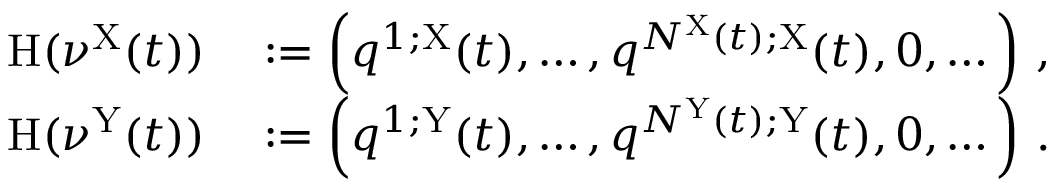
\begin{array} { r l } { \mathrm { H } ( \nu ^ { \mathrm { X } } ( t ) ) } & { { } : = \left( q ^ { 1 ; \mathrm { X } } ( t ) , \dots , q ^ { N ^ { \mathrm { X } } ( t ) ; \mathrm { X } } ( t ) , 0 , \dots \right) \, , } \\ { \mathrm { H } ( \nu ^ { \mathrm { Y } } ( t ) ) } & { { } : = \left( q ^ { 1 ; \mathrm { Y } } ( t ) , \dots , q ^ { N ^ { \mathrm { Y } } ( t ) ; \mathrm { Y } } ( t ) , 0 , \dots \right) \, . } \end{array}